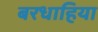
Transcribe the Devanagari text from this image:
बरधाहिया